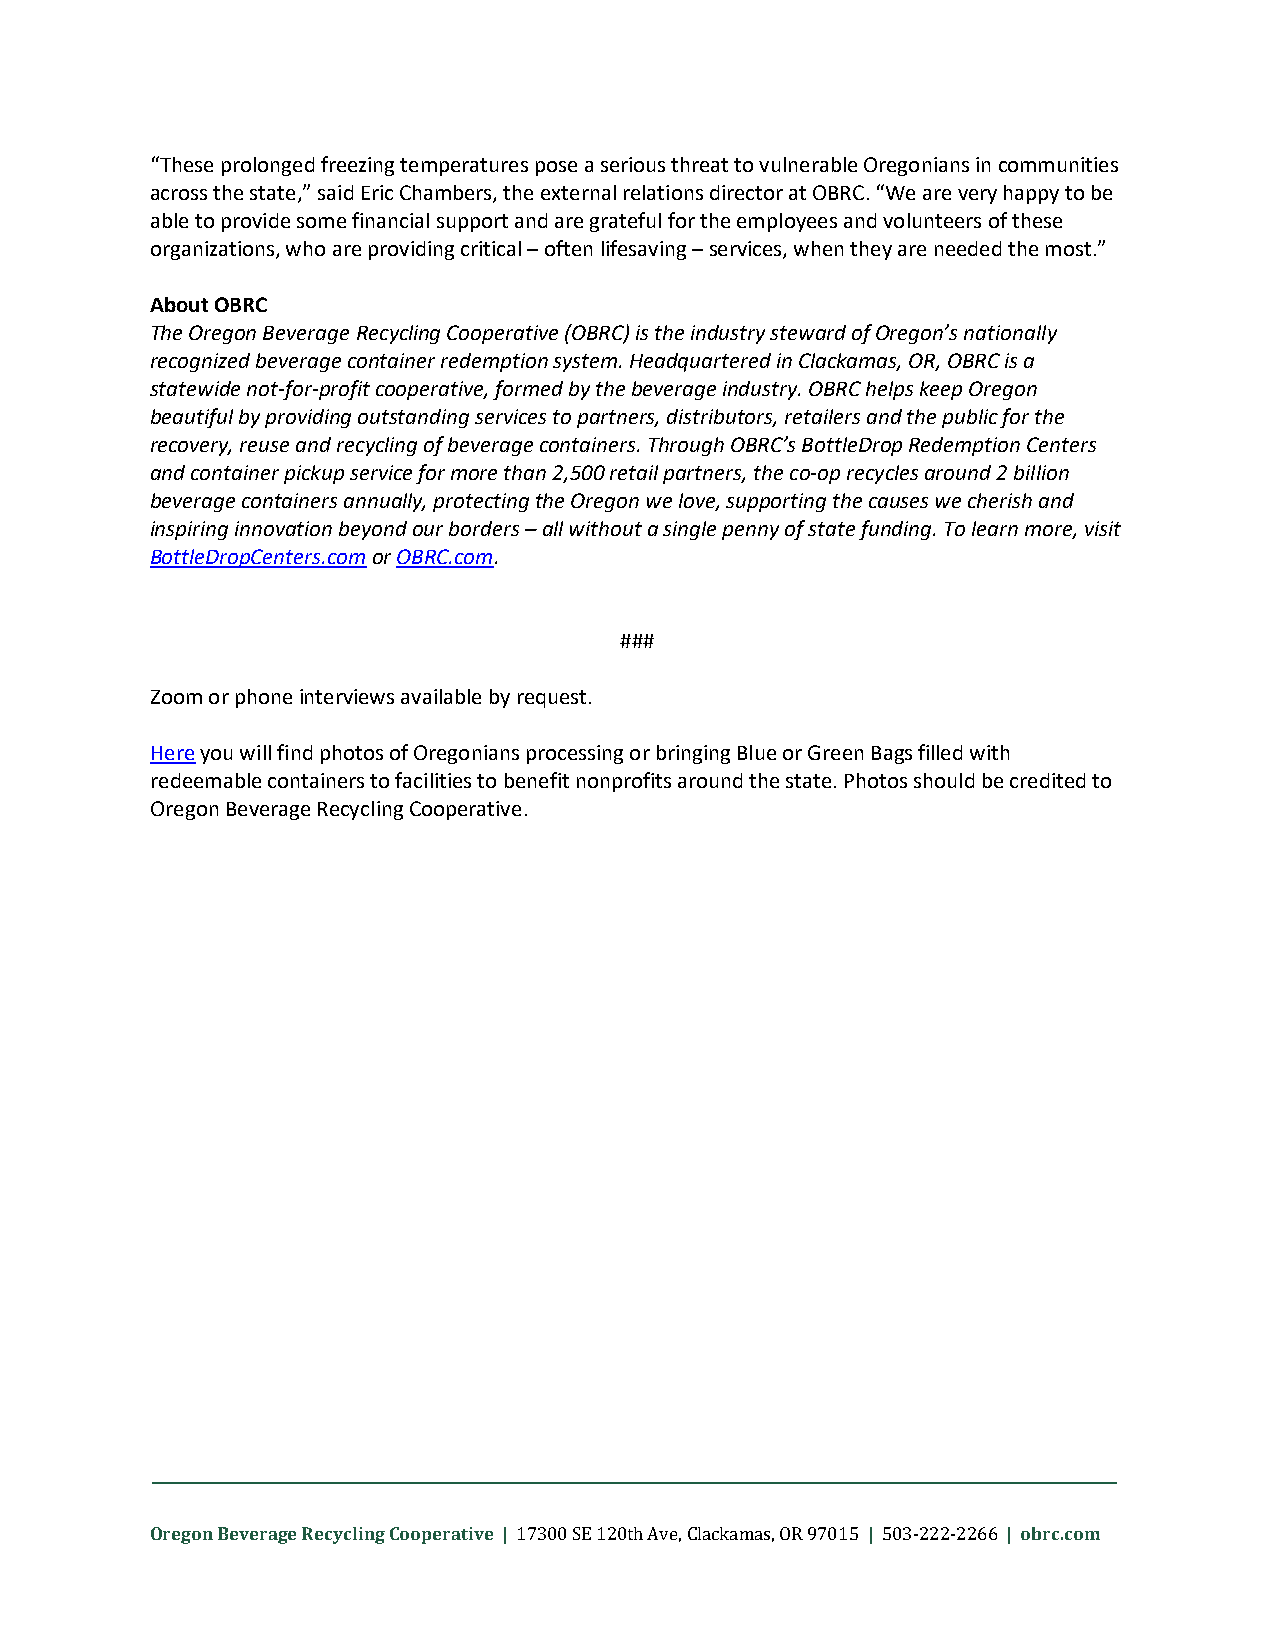
“These prolonged freezing temperatures pose a serious threat to vulnerable Oregonians in communities
 across the state,” said Eric Chambers, the external relations director at OBRC. “We are very happy to be
 able to provide some financial support and are grateful for the employees and volunteers of these
 organizations, who are providing critical – often lifesaving – services, when they are needed the most.”
 About OBRC
 The Oregon Beverage Recycling Cooperative (OBRC) is the industry steward of Oregon’s nationally
 recognized beverage container redemption system. Headquartered in Clackamas, OR, OBRC is a
 statewide not-for-profit cooperative, formed by the beverage industry. OBRC helps keep Oregon
 beautiful by providing outstanding services to partners, distributors, retailers and the public for the
 recovery, reuse and recycling of beverage containers. Through OBRC’s BottleDrop Redemption Centers
 and container pickup service for more than 2,500 retail partners, the co-op recycles around 2 billion
 beverage containers annually, protecting the Oregon we love, supporting the causes we cherish and
 inspiring innovation beyond our borders – all without a single penny of state funding. To learn more, visit
 BottleDropCenters.com or OBRC.com.
 ###
 Zoom or phone interviews available by request.
 Here you will find photos of Oregonians processing or bringing Blue or Green Bags filled with
 redeemable containers to facilities to benefit nonprofits around the state. Photos should be credited to
 Oregon Beverage Recycling Cooperative.
 Oregon Beverage Recycling Cooperative |        |         | obrc.com
 17300 SE 120th Ave, Clackamas, OR 97015 503-222-2266